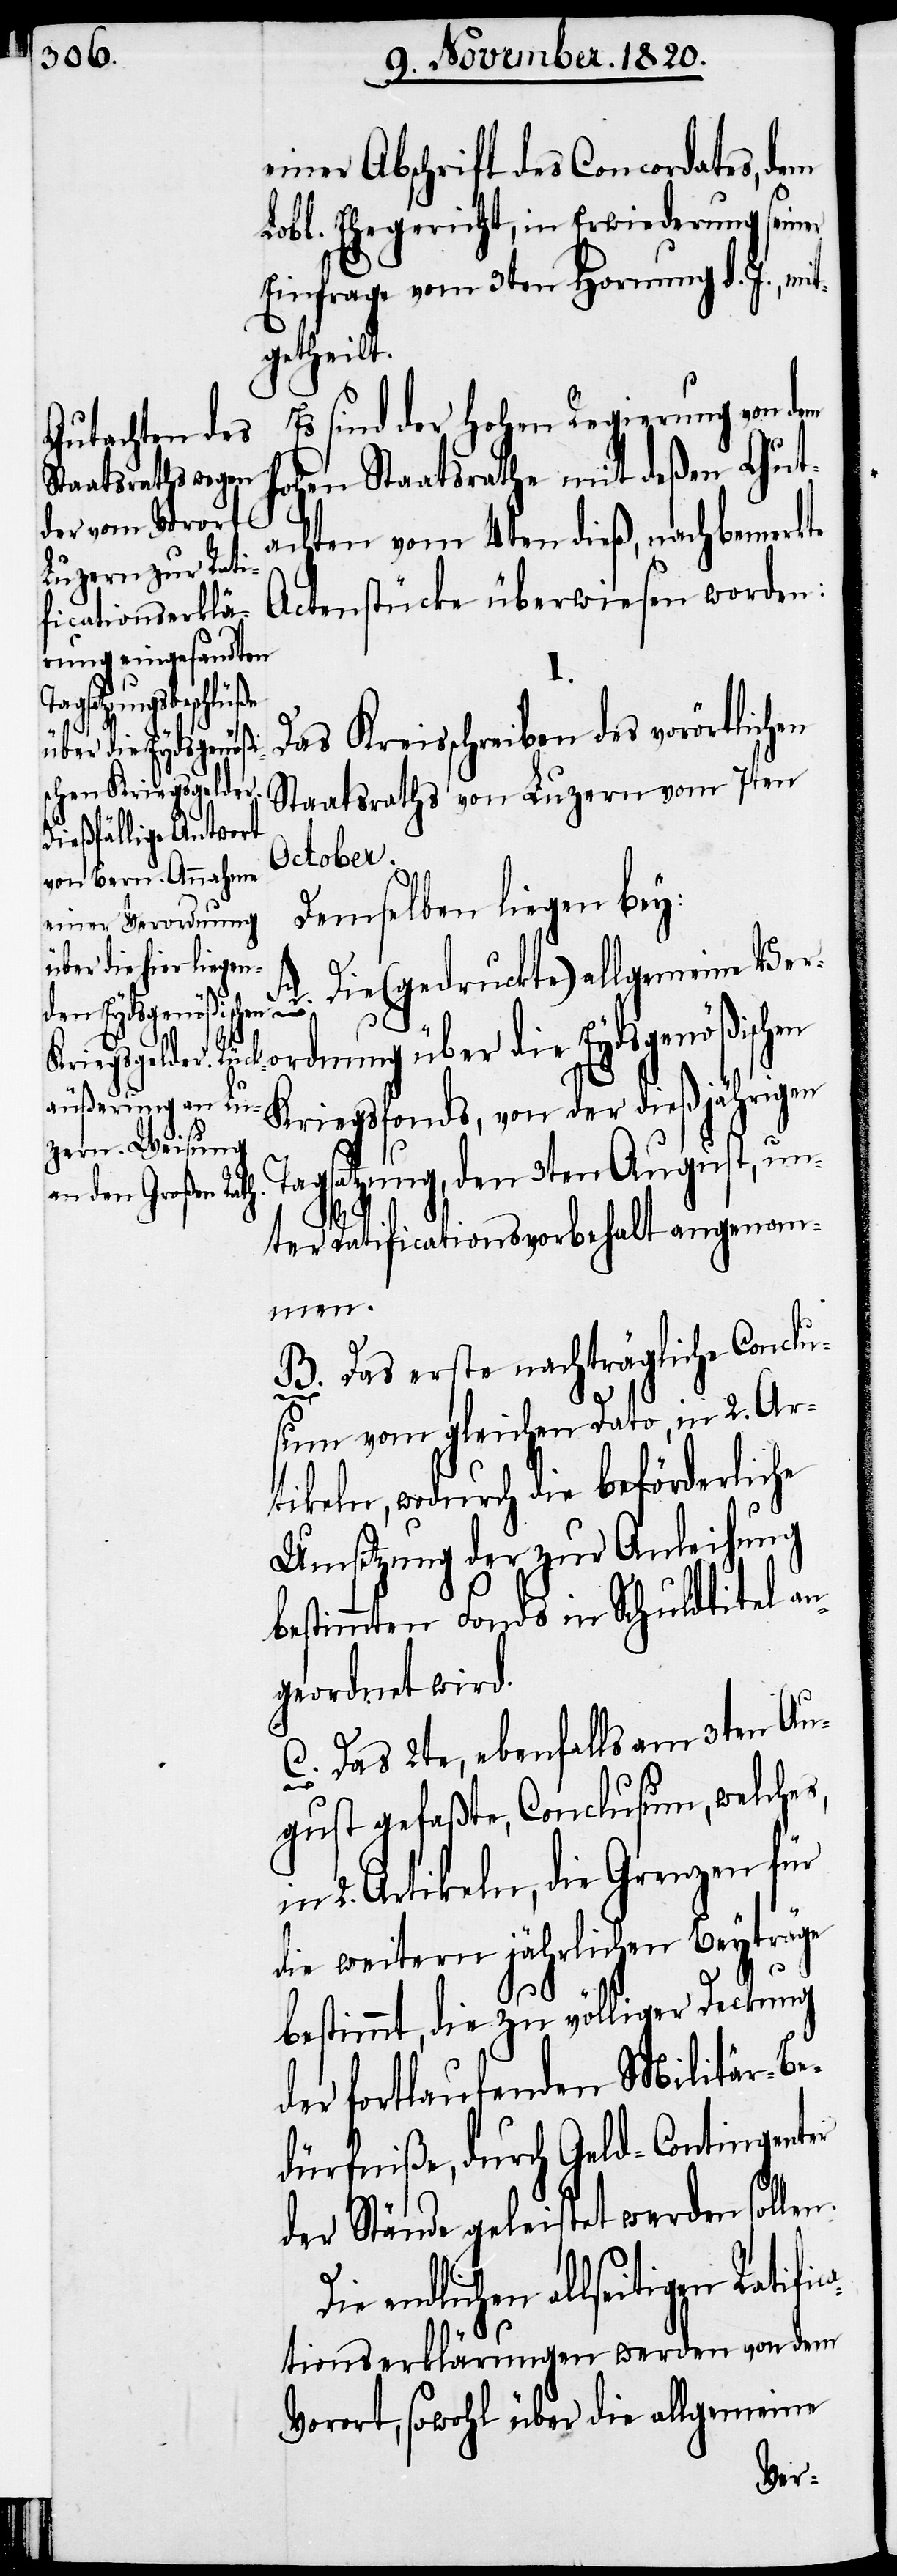
einer Abschrift des Concordates, dem
seiner
Lobl. Ehegericht, in Erwiederung
Einfrage vom 3ten Hornung d. J., mit¬
getheilt.
Es sind der hohen Regierung von dem
ohen Staatsrathe mit deßen Gut¬
achten vom 4ten dieß, nachbemerkte
Actenstücke überwiesen worden:
Das Kreisschreiben des vorörtlichen
Staatsraths von Luzern vom 7ten
October.
Demselben liegen bey:
A. Die(gedruckte) allgemeine Ver¬
ordnung über die Eydsgenößischen
Kriegsfonds, von der dießjährigen
Tagsatzung, den 3ten August, un¬
ter Ratificationsvorbehalt angenom¬
men.
B. Das erste nachträgliche Conclu¬
sum vom gleichen Dato, in 2. Ar¬
tikeln, wodurch die beförderliche
Umsetzung der zur Anleihung
bestimmten Fonds in Schuldtitel an¬
geordnet wird.
C. Das 2te, ebenfalls am 3ten Au¬
gust gefaßte, Conclusum, welches,
in 2. Artikeln, die Grenzen für
die weitern jährlichen Beyträge
bestimmt, die zu völliger Deckung
der fortlaufenden Militär-Be¬
dürfniße, durch Geld-Contingenter
der Stände geleistet werden sollen.
endlichen allseitigen Ratifi¬
h¬
cationserklärungen werden von dem
Vorort, sowohl über die allgemeine